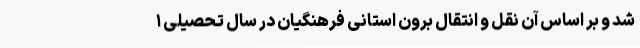
شد و بر اساس آن نقل و انتقال برون استانی فرهنگیان در سال تحصیلی ۱